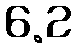
6.2